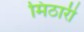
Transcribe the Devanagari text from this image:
मिठारी